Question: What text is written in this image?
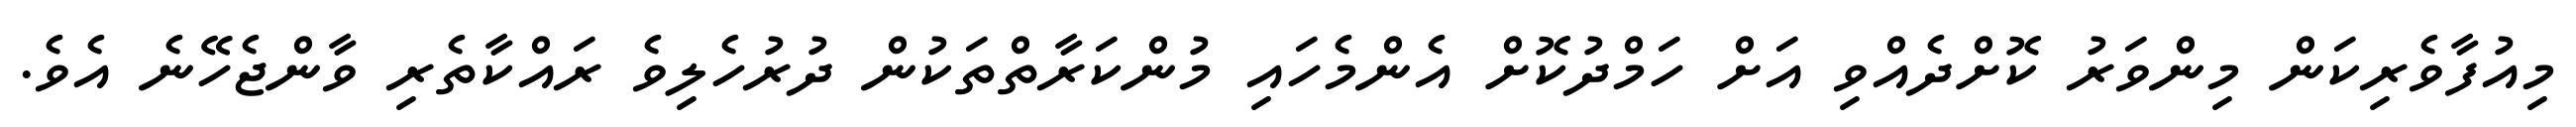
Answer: މިއުފާވެރިކަން މިންވަރު ކޮށްދެއްވި އަށް ހަމްދުކޮށް އެންމެހައި މުންކަރާތްތަކުން ދުރުހެލިވެ ރައްކާތެރި ވާންޖެހޭނެ އެވެ.